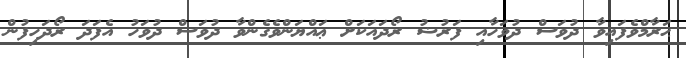
ޙަރާމްވެފައިވާ ދުވަސް ދުވަހާއި ފަރުޟު ރޯދައަކަށް ޢައްޔަންވެގެންވާ ދުވަސް ދުވަހު އެފަދަ ރޯދަހިފުން